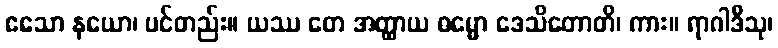
ဧသော နယော၊ ပင်တည်း။ ယဿ တေ အတ္ထာယ ဓမ္မော ဒေသိတောတိ၊ ကား။ ရာဂါဒီသု၊